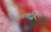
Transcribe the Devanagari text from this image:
१९३९रोजी